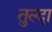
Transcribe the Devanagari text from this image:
तुल्दा